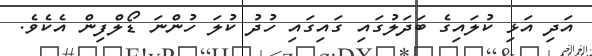
އަދި އަޅި ކުލައިގެ ބަދަލުގައި ގައިގައި ހުދު ކުލަ ހުންނަ ޑޯލްފިން އެކެވެ.